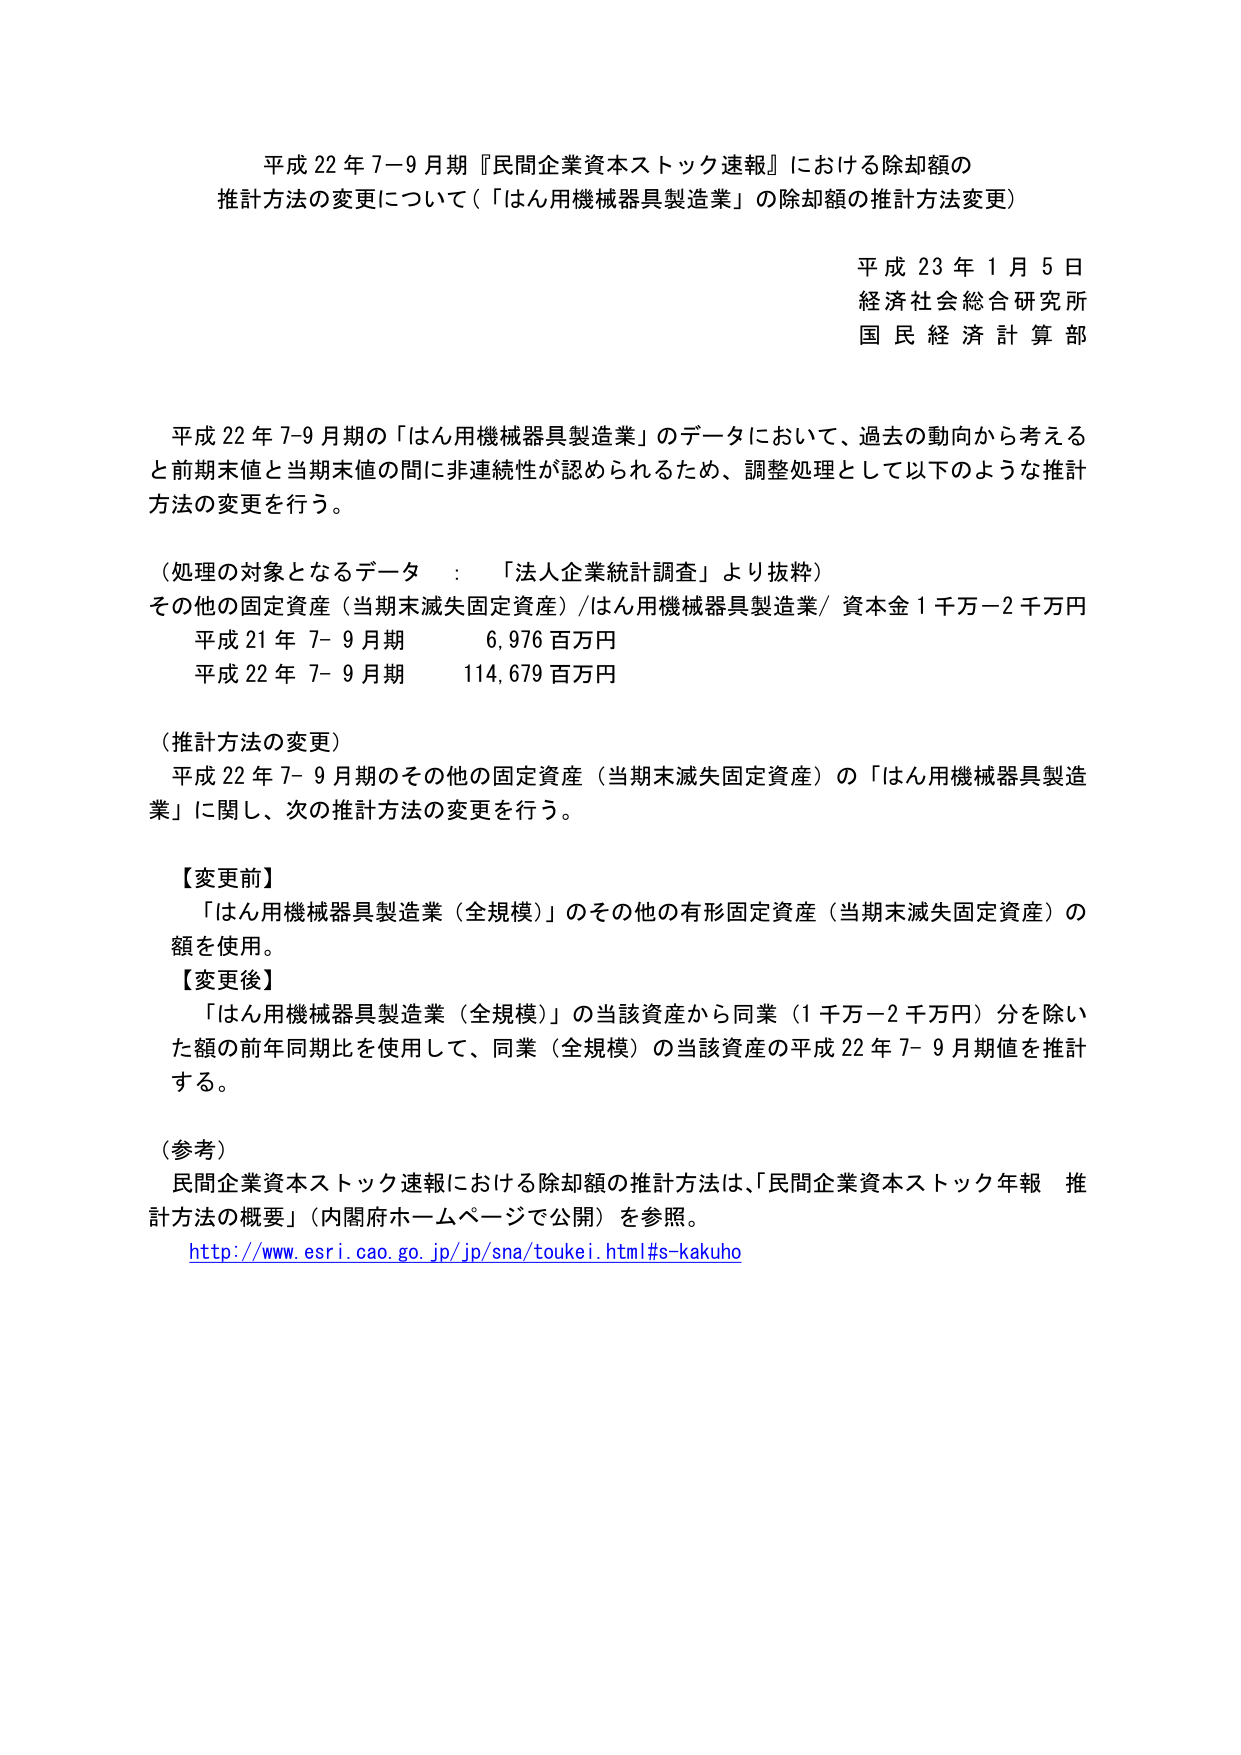
平成 22 年 7-9 月期『民間企業資本ストック速報』における除却額の
推計方法の変更について（「はん用機械器具製造業」の除却額の推計方法変更）

平成 23 年 1 月 5 日
経済社会総合研究所
国民経済計算部

平成 22 年 7-9 月期の「はん用機械器具製造業」のデータにおいて、過去の動向から考える
と前期末値と当期末値の間に非連続性が認められるため、調整処理として以下のような推計
方法の変更を行う。

（処理の対象となるデータ ： 「法人企業統計調査」より抜粋）
その他の固定資産（当期末滅失固定資産）/はん用機械器具製造業/ 資本金 1 千万－2 千万円
平成 21 年 7- 9 月期 6,976 百万円
平成 22 年 7- 9 月期 114,679 百万円

（推計方法の変更）
平成 22 年 7- 9 月期のその他の固定資産（当期末滅失固定資産）の「はん用機械器具製造
業」に関し、次の推計方法の変更を行う。

【変更前】
「はん用機械器具製造業（全規模）」のその他の有形固定資産（当期末滅失固定資産）の
額を使用。

【変更後】
「はん用機械器具製造業（全規模）」の当該資産から同業（1 千万－2 千万円）分を除い
た額の前年同期比を使用して、同業（全規模）の当該資産の平成 22 年 7- 9 月期値を推計
する。

（参考）
民間企業資本ストック速報における除却額の推計方法は、「民間企業資本ストック年報 推
計方法の概要」（内閣府ホームページで公開）を参照。
http://www.esri.cao.go.jp/jp/sna/toukei.html#s-kakuho